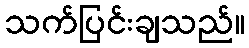
သက်ပြင်းချသည်။